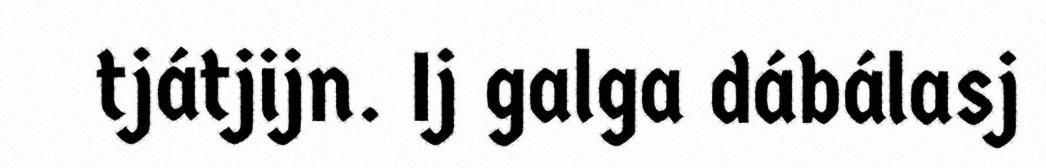
tjátjijn. Ij galga dábálasj